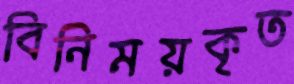
বিনিময়কৃত